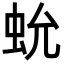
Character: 𧉃